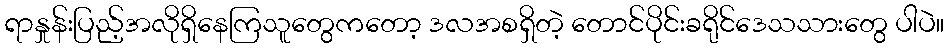
ရာနှုန်းပြည့်အလိုရှိနေကြသူတွေကတော့ ဒလအစရှိတဲ့ တောင်ပိုင်းခရိုင်ဒေသသားတွေ ပါပဲ။